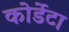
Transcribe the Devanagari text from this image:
कोर्डेटा